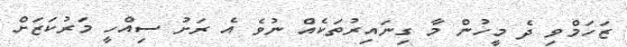
ޒަހަމްވި ދެ މީހުން މާ ގިނައިރުތަކެއް ނުވެ އެ ރަށު ސިއްހީ މަރުކަޒަށް